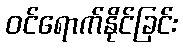
ဝင်ရောက်နိုင်ခြင်း